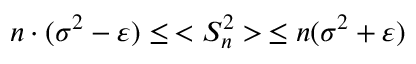
n \cdot ( \sigma ^ { 2 } - \varepsilon ) \leq \, < S _ { n } ^ { 2 } > \, \leq n ( \sigma ^ { 2 } + \varepsilon )